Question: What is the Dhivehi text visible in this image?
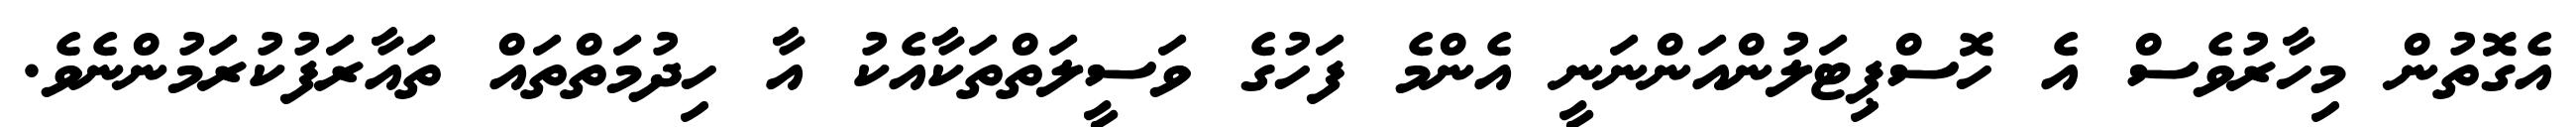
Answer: އެގޮތުން މިހާރުވެސް އެ ހޮސްޕިޓަލުންއަންނަނީ އެންމެ ފަހުގެ ވަސީލަތްތަކާއެކު އާ ހިދުމަތްތައް ތައާރަފުކުރަމުންނެވެ.